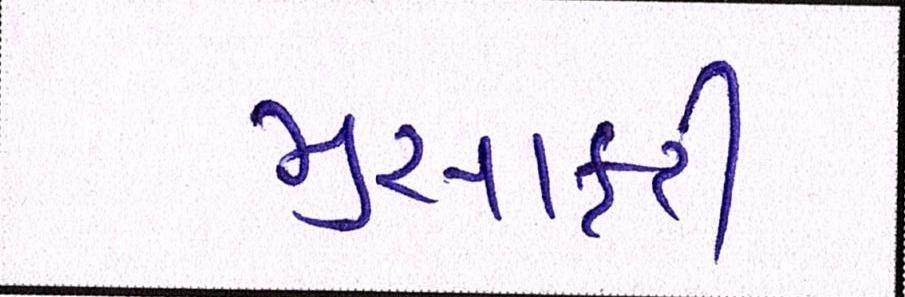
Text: મુસાફરી